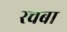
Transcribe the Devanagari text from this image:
रचबा